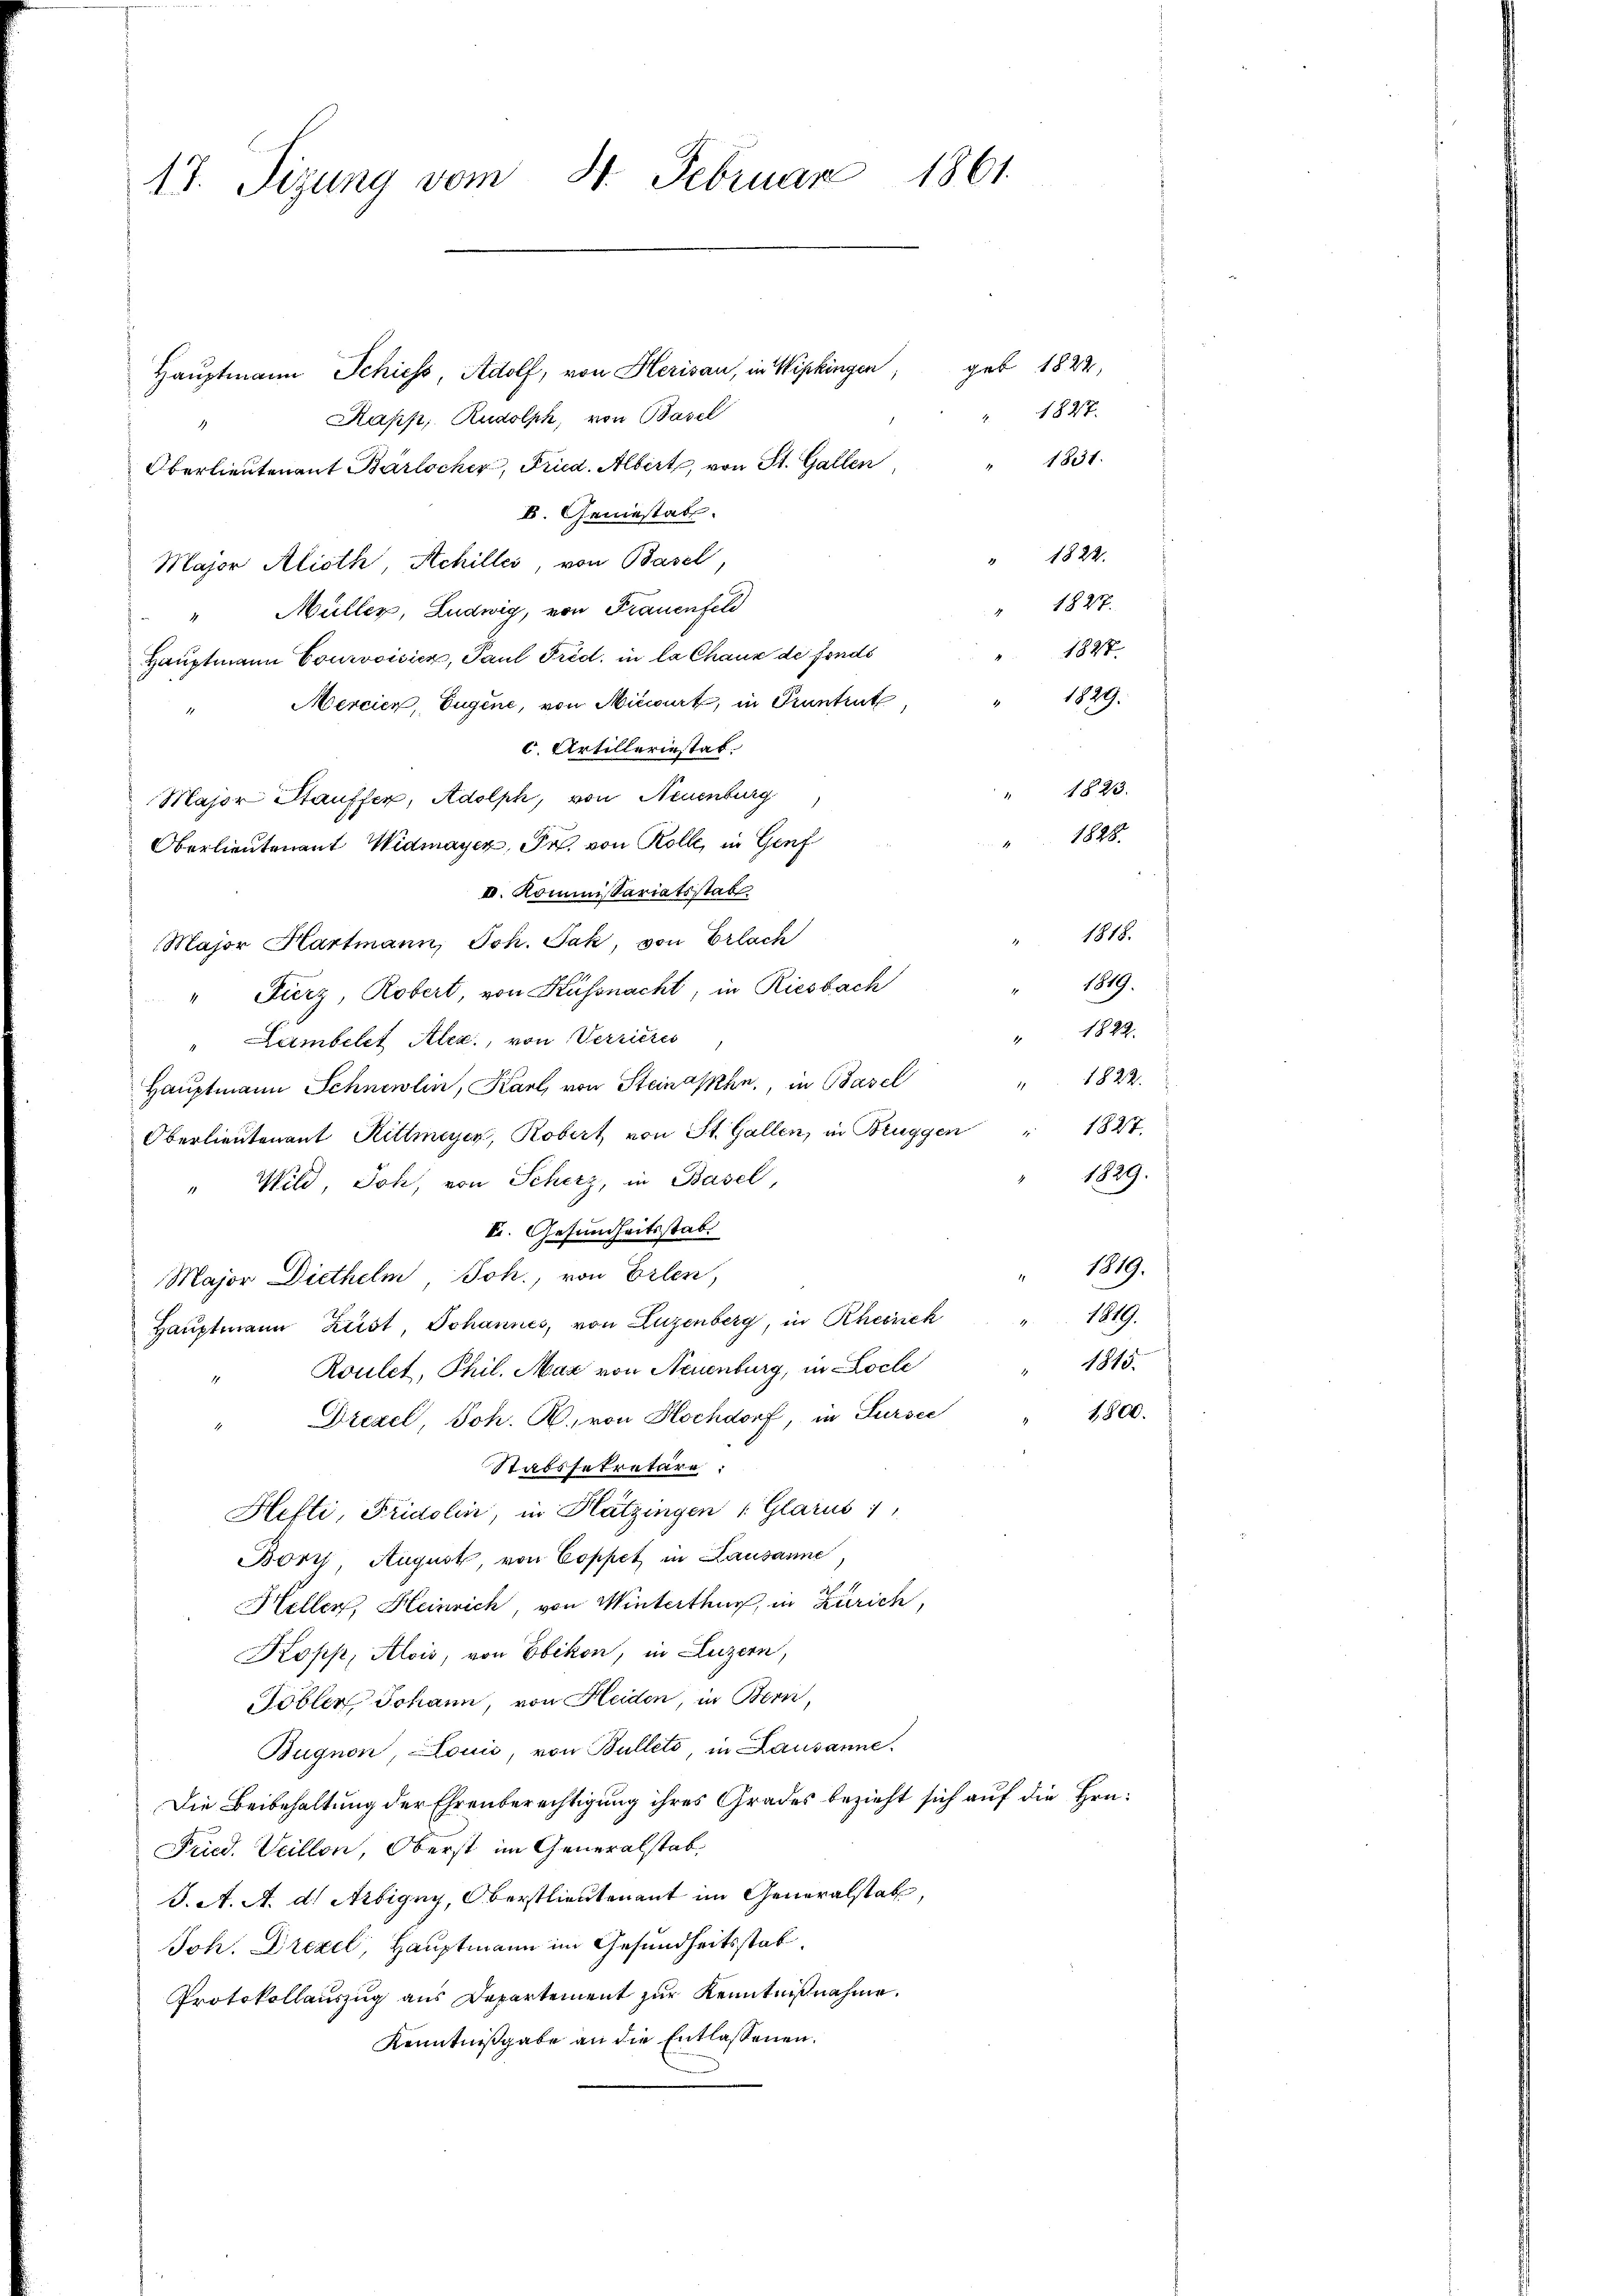
1861.
17. Sizung vom H. Februar

Hauptmann Schiess, Adolf, von Herisau, in Wipkingen, geb 1824,
Kapp, Rudolph, von Basel
Oberlieutenant Barlocker, Fried. Albert, von St. Gallen
D. Geniestab.
Major Alioth, Schiller, von Basel,
Müller, Ludwig, von Frauenfeld
4
Hauptmann Courvoisiez, Paul Frid. in la Chaux de fonds
Mercien, Eugene, von Mitwirt, in Pruntrut
1
C. Artilleriestat.
1823.
Major Stauffer, Adolph, von Neuenburg,
1828.
Oberlieutenant Widmayer, Pr. von Rolle, in Genf
II. Kommissariatsstatt
" 1818.
Major Hartmann, Joh. Jak, von Erlach
1819.
" Fierz, Robert, von Küssnacht, in Riesbach
Lambelet Alex., von Verrieres
Hauptmann Schnewlin, Karl, von Steinahe, in Basel
Oberlieutenant Rittmeyer, Robert von St. Gallen, in Bruggen " 1827.
" Wild, Joh, von Scherz, in Basel,
I. Gesundheitsstab.
Major Diethelm Joh., von Erlen,
Hauptmann Zust, Johannes, von Luzenberg, in Rheinck
Routet, Phil. Max von Neuenburg, in Loche
1,800.
Drezel, Joh. R. von Hochdorf, in Sursee
Stabssekretäre:
Hefti, Fridolin, in Kätzingen Glarus 1
Borch August, von Coppet in Lausanne,
Heller, Heinrich, von Winterthur, in Zürich,
Kopp, Alois, von Ebikon, in Luzern,
Tobler, Johann, von Heiden, in Bern,
Bugnon, Louis, von Bulleto, in Lausanne.
Die Beibehaltung der Ehrenberechtigung ihres Grades bezieht sich auf die Hrn.
Fried. Weillon, Oberst im Generalstab,
J. A. A. dr Arbigny, Oberstlieutenant im Generalstatt,
Joh. Drezel, Hauptmann im Gesundheitsstab.
Protokollauszug aus Departement zur Kenntnißnahme.
Kenntnißgabe an die Entlassenen.

1827.
1831.

" 1822.
1827.
1827.
" 1829.

" 1822.
1822.
" 1819.
1819.
1815.

1829.